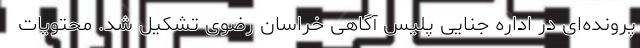
پرونده‌ای در اداره جنایی پلیس آگاهی خراسان رضوی تشکیل شد. محتویات